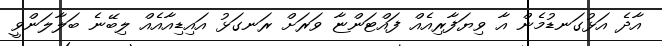
އާދެ އަޅުގަނޑުމެން އާ ވިޔަފާރިއެއް ފައްޓަންޏާ ވަރަށް ރަނގަޅު އައިޑިއާއެއް ލިބޭނެ ބަލާލަންވީ